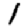
Digit: 1